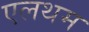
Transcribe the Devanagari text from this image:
एलथम